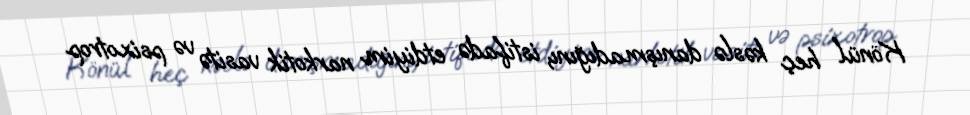
Könül heç kəslə danışmadığını, istifadə etdiyim narkotik vasitə və psixotrop